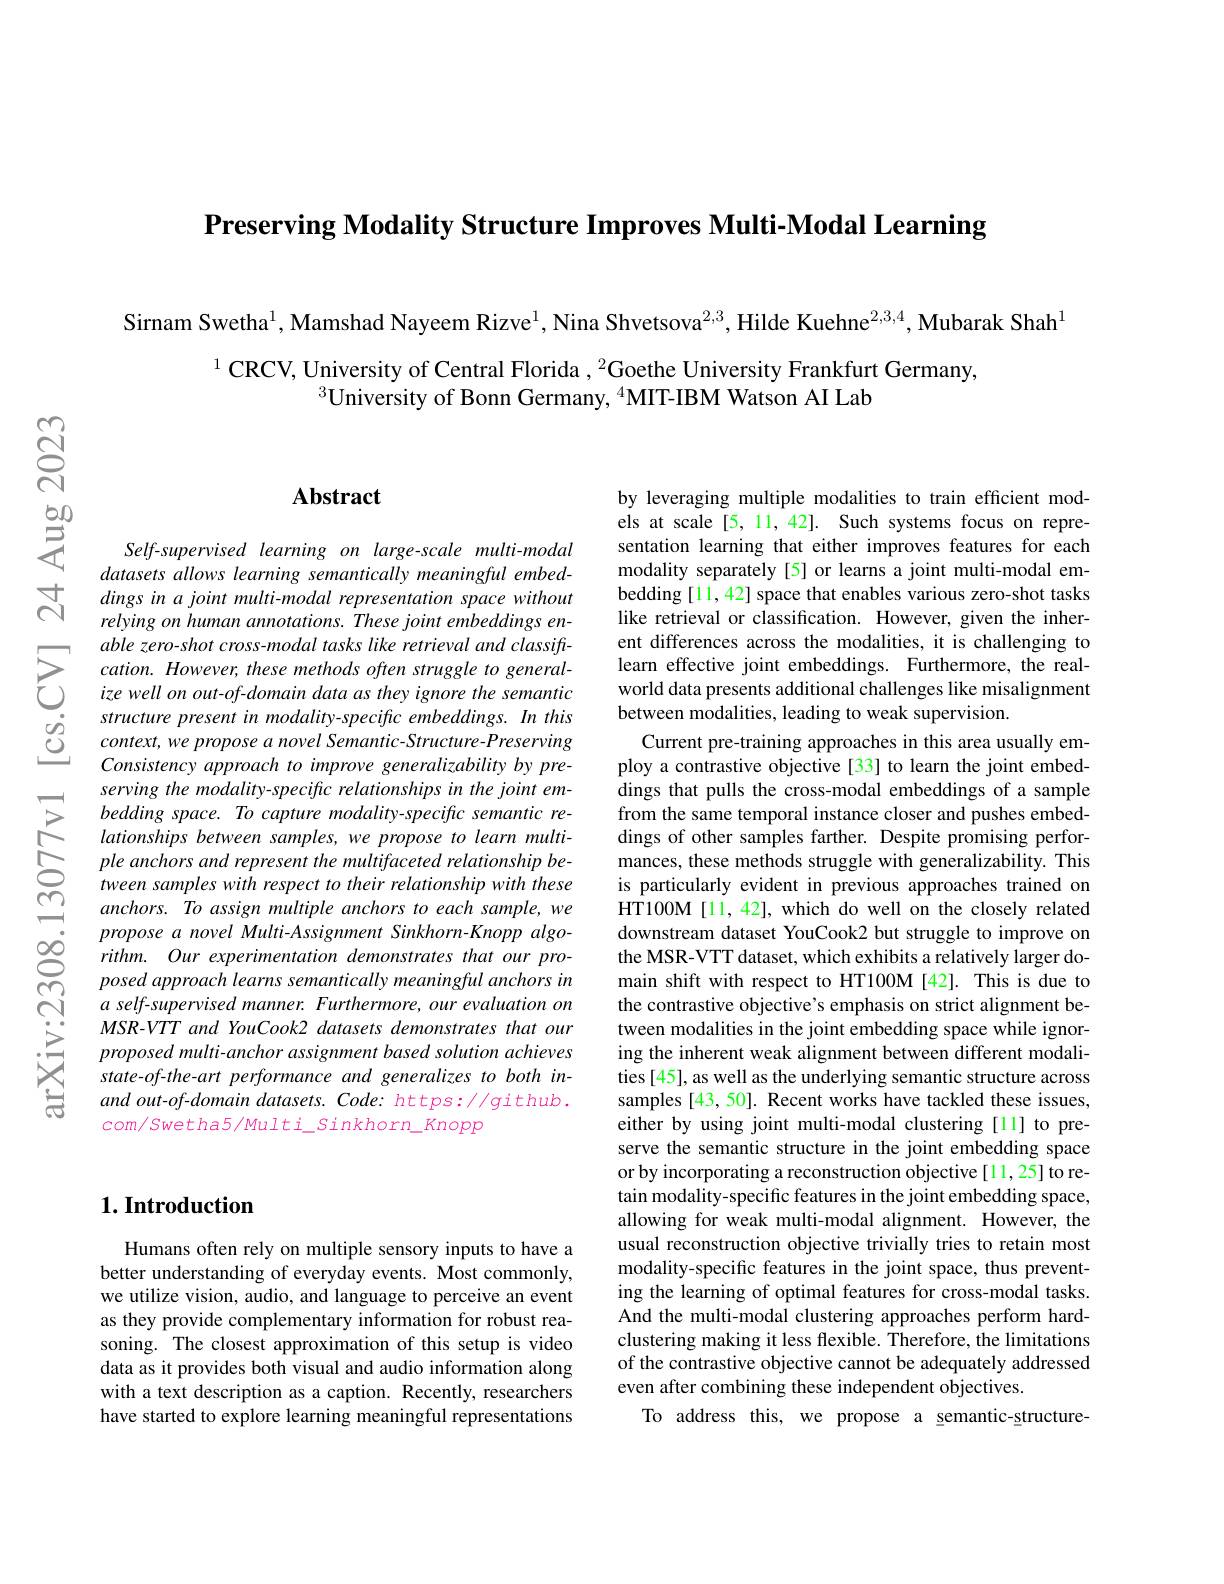
$\textbf{Preserving Modality Structure Improves Multi- Modal Learning}$

Sirnam Swetha$^{1}$, Mamshad Nayeem Rizve$^{1}$, Nina Shvetsova$^{2,3}$, Hilde Kuehne$^{2,3,4}$, Mubarak Shah$^{1}$

$^{1}$ CRCV, University of Central Florida , $^{2}$Goethe University Frankfurt Germany,
$^{3}$University of Bonn Germany, $^{4}$MIT-IBM Watson AI Lab

### $\mathbf{Abstract}$

Self-supervised learning on large-scale multi-modal datasets allows learning semantically meaningful embeddingsinajoint multi-modal representation space without relying on human annotations. These joint embeddings enable zero-shot cross-modal tasks like retrieval and classift- $cation.However,thesemethodsoftenstruggletogeneral-$ ize well on out-of-domain data as they ignore the semantic structure present in modality-specific embeddings. In this $context,weproposeanovel$ Semantic-Structure-Preserving Consistency approach to improve generalizability by preserving the modality-specific relationships in the joint embedding space. To capture modality-specific semantic relationships between samples, we propose to learn multiple anchors and represent the multifaceted relationship between samples with respect to their relationship with these anchors. To assign multiple anchors to each sample, we propose a novel Multi- Assignment Sinkhorn- Knopp algorithm. Our experimentation demonstrates that our proposed approach learns semantically meaningful anchors in $a$ self-supervised manner. Furthermore, our evaluation on MSR-VTT and YouCook2 datasets demonstrates that our proposed multi-anchor assignment based solution achieves state-of-the-art performance and generalizes to both inand out-of-domain datasets. Code: https://github. com/swetha5/Multi Sinkhorn Knopp

by leveraging multiple modalities to train efficient models at scale [5, 11, 42]. Such systems focus on representation learning that either improves features for each modality separately[5] or learns a joint multi-modal embedding [11, 42] space that enables various zero-shot tasks like retrieval or classification. However, given the inherent differences across the modalities, it is challenging to learn effective joint embeddings. Furthermore, the realworld data presents additional challenges like misalignment between modalities, leading to weak supervision.
Current pre-training approaches in this area usually employ a contrastive objective [33] to learn the joint embeddings that pulls the cross-modal embeddings of a sample from the same temporal instance closer and pushes embeddings of other samples farther. Despite promising performances, these methods struggle with generalizability. This is particularly evident in previous approaches trained on HT100M[11,42], which do well on the closely related downstream dataset YouCook2 but struggle to improve on the MSR-VTT dataset, which exhibits a relatively larger domain shift with respect to HT100M[42]. This is due to the contrastive objective's emphasis on strict alignment between modalities in the joint embedding space while ignoring the inherent weak alignment between different modalities[45], as well as the underlying semantic structure across samples [43, 50]. Recent works have tackled these issues, either by using joint multi-modal clustering [11] to preserve the semantic structure in the joint embedding space or by incorporating a reconstruction objective[11,25] to retain modality-specific features in the joint embedding space, allowing for weak multi-modal alignment. However, the usual reconstruction objective trivially tries to retain most modality-specific features in the joint space, thus preventing the learning of optimal features for cross-modal tasks. And the multi-modal clustering approaches perform hardclustering making it less flexible. Therefore, the limitations of the contrastive objective cannot be adequately addressed even after combining these independent objectives.
To address this, we propose a semantic-structure-

### $1. \textbf{Introduction}$

Humans often rely on multiple sensory inputs to have a better understanding of everyday events. Most commonly, we utilize vision, audio, and language to perceive an event as they provide complementary information for robust reasoning. The closest approximation of this setup is video data as it provides both visual and audio information along with a text description as a caption. Recently, researchers have started to explore learning meaningful representations